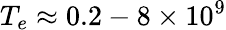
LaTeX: T_{e}\approx 0.2-8\times 10^{9}